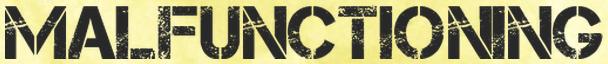
MALFUNCTIONING